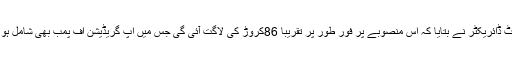
پراجیکٹ ڈائریکٹر نے بتایا کہ اس منصوبے پر فور طور پر تقریباً 86کروڑ کی لاگت آئی گی جس میں اپ گریڈیشن آف پمب بھی شامل ہو ں گے۔